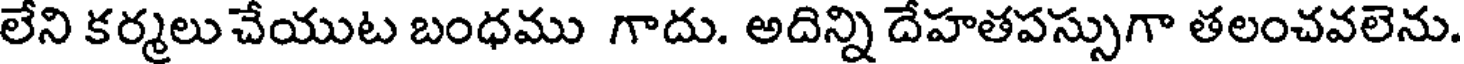
లేని కర్మలు చేయుట బంధము గాదు. అదిన్ని దేహతపస్సుగా తలంచవలెను.